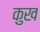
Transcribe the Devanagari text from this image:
कुख